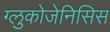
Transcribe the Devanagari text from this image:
ग्लुकोजेनिसिस